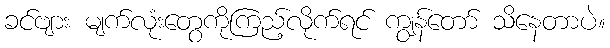
ခင်ဗျား မျက်လုံးတွေကိုကြည့်လိုက်ရင် ကျွန်တော် သိနေတာပဲ။